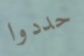
حددوا